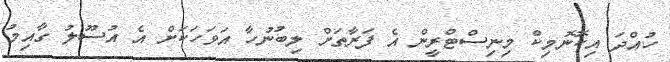
ހުއްދަ އިކޮނޮމިކް މިނިސްޓްރީން އެ ފަރާތަށް ލިބުނުހާ އަވަހަކަށް އެ އުސޫލު ގާއިމު